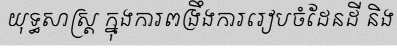
យុទ្ធសាស្ត្រ ក្នុងការពង្រឹងការរៀបចំដែនដី និង